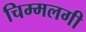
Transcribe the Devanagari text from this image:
चिम्मलगी